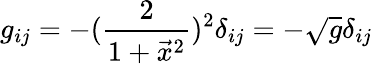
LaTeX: g_{ij}=-({\frac{2}{1+\vec{x}^{2}}})^{2}\delta_{ij}=-\sqrt g\delta_{ij}